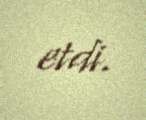
etdi.